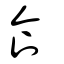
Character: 食